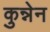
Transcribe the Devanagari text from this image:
कुन्नेन